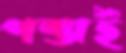
পস্তাই